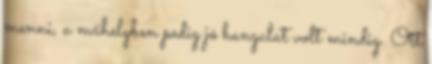
menni, a műhelyben pedig jó hangulat volt mindig. Ott